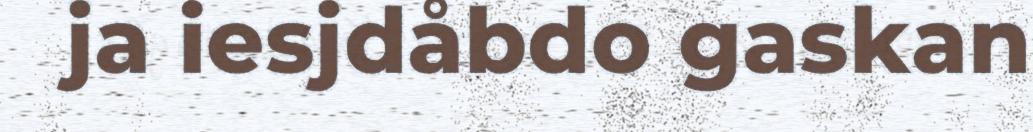
ja iesjdåbdo gaskan